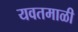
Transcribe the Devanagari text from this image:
यवतमाळी